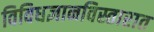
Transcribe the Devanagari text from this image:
विविधज्ञानविस्तारात